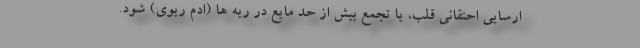
ارسایی احتقانی قلب، یا تجمع بیش از حد مایع در ریه ها (ادم ریوی) شود.